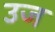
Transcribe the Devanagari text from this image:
उज